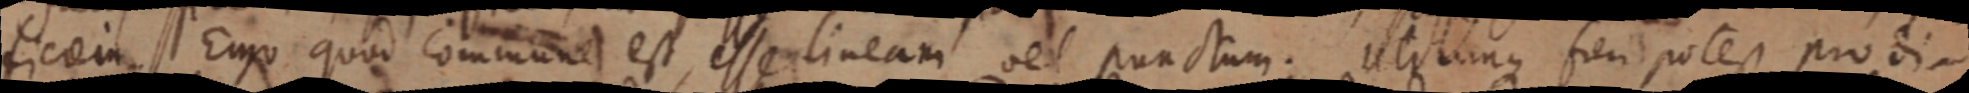
ficiem. Ergo quod commune est, esse lineam vel punctum. Utrunque fieri potest prodi–